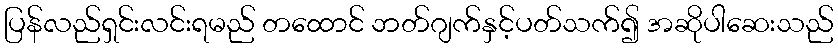
ပြန်လည်ရှင်းလင်းရမည် တထောင် ဘတ်ဂျက်နှင့်ပတ်သက်၍ အဆိုပါဆေးသည်